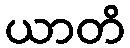
ယာတိ